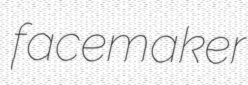
facemaker